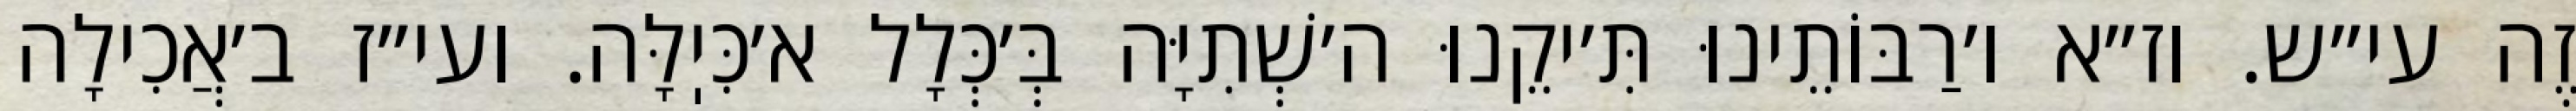
זֶה עי״ש. וז״א ו׳רַבּוֹתֵינוּ תִּ׳יקֵנוּ ה׳שְׁתִיָּה בְּ׳כְּלָל א׳כִּיֽלָּה. ועי״ז ב׳אֲכִילָה